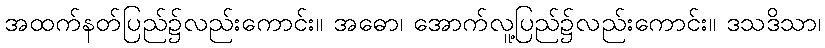
အထက်နတ်ပြည်၌လည်းကောင်း။ အဓော၊ အောက်လူ့ပြည်၌လည်းကောင်း။ ဒသဒိသာ၊